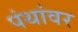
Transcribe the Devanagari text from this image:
पंथांवर